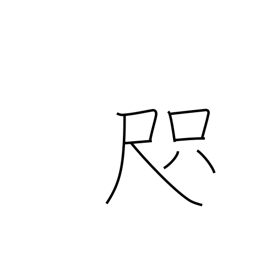
Meaning: span